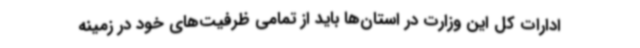
ادارات کل این وزارت در استان‌ها باید از تمامی ظرفیت‌های خود در زمینه